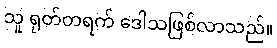
သူ ရုတ်တရက် ဒေါသဖြစ်လာသည်။